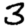
Digit: 3